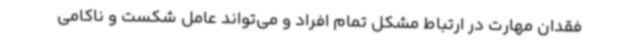
فقدان مهارت در ارتباط مشکل تمام افراد و می‌تواند عامل شکست و ناکامی